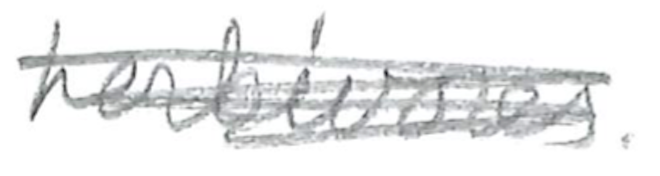
Text: herbivores.
Cross-out: scratch
Writing tool: pencil